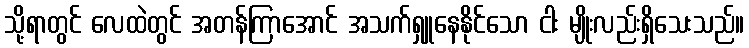
သို့ရာတွင် လေထဲတွင် အတန်ကြာအောင် အသက်ရှူနေနိုင်သော ငါး မျိုးလည်းရှိသေးသည်။